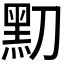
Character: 𪐛